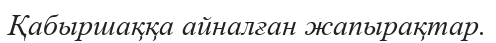
Қабыршаққа айналған жапырақтар.